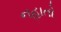
નહાતો